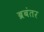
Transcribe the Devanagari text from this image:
ब्रबंतर